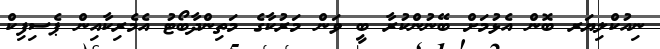
ނިއުކްލިޔަރ ބޮން އެޅުމަށް ބޭނުންކުރާ ބީ ވަން މަރުކާގެ މަތިންދާބޯޓު އެމެރިކާއިން ޕެސިފިކް